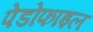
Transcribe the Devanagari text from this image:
पेडोफाइल